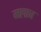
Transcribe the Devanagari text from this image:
मलाच